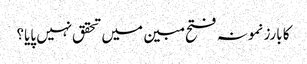
کا بارز نمونہ فتح مبین میں تحقق نہیں پایا؟